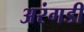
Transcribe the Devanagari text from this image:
अरंगडी